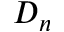
D _ { n }